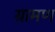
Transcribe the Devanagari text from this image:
ग्रामण